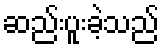
ဆည်းပူးခဲ့သည်